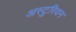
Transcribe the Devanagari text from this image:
अस्टुरियन